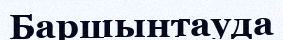
Баршынтауда